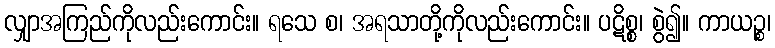
လျှာအကြည်ကိုလည်းကောင်း။ ရသေ စ၊ အရသာတို့ကိုလည်းကောင်း။ ပဋိစ္စ၊ စွဲ၍။ ကာယဉ္စ၊